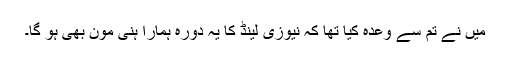
میں نے تم سے وعدہ کیا تھا کہ نیوزی لینڈ کا یہ دورہ ہمارا ہنی مون بھی ہو گا۔